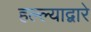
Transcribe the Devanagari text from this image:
हल्ल्याद्वारे